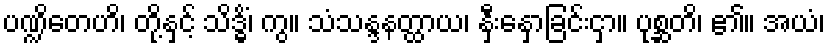
ပဏ္ဍိတေဟိ၊ တို့နှင့် သိဒ္ဓိံ၊ ကွ။ သံသန္ဒနတ္ထာယ၊ နှီးနှောခြင်းငှာ။ ပုစ္ဆတိ၊ ၏။ အယံ၊